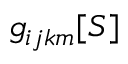
g _ { i j k m } [ S ]